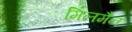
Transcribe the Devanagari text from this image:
मिलमैन